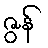
ဇွန်